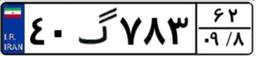
۴۰گ۷۸۳۶۲